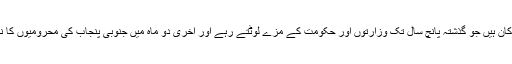
(ن) لیگ کا یہ بھی کہنا ہے کہ یہ وہ ارکان ہیں جو گذشتہ پانچ سال تک وزارتوں اور حکومت کے مزے لوٹتے رہے اور آخری دو ماہ میں جنوبی پنجاب کی محرومیوں کا نام لے کر الگ سیاسی دھڑا بنا رہے ہیں۔